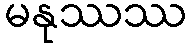
မနုဿဿ